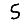
Digit: 5